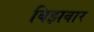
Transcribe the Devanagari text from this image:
बिझवार